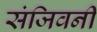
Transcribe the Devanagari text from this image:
संजिवनी